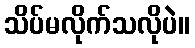
သိပ်မလိုက်သလိုပဲ။